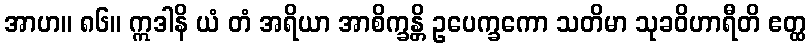
အာဟ။ ၈၆။ ဣဒါနိ ယံ တံ အရိယာ အာစိက္ခန္တိ ဥပေက္ခကော သတိမာ သုခဝိဟာရီတိ ဧတ္ထ